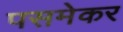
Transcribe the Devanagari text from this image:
पसमेकर